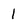
Character: 1